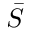
\bar { S }